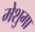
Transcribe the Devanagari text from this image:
मेशुगा